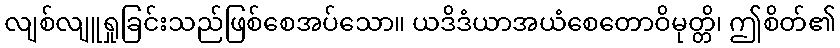
လျစ်လျူရှုခြင်းသည်ဖြစ်စေအပ်သော။ ယဒိဒံယာအယံစေတောဝိမုတ္တိ၊ ဤစိတ်၏